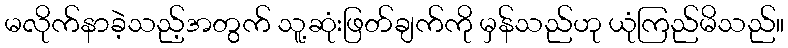
မလိုက်နာခဲ့သည့်အတွက် သူ့ဆုံးဖြတ်ချက်ကို မှန်သည်ဟု ယုံကြည်မိသည်။